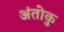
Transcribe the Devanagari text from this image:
अंतोकु